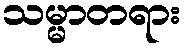
သမ္မာတရား